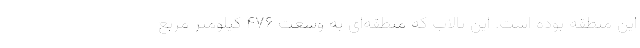
این منطقه بوده است. این تالاب که منطقه‌ای به وسعت ۴۷۶ کیلومتر مربع